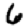
Digit: 6